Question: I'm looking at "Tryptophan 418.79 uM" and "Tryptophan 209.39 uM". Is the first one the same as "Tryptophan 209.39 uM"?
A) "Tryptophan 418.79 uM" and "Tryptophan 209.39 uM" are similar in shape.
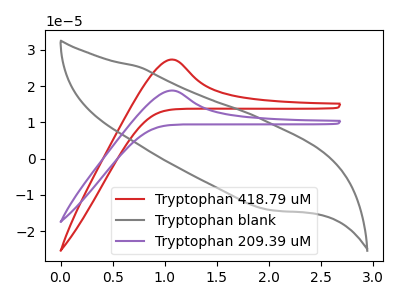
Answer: <think>The red curve "Tryptophan 418.79 uM" has an anodic peak at: (1.05V, 27.30uA). The gray curve "Tryptophan blank" has no peaks. The purple curve "Tryptophan 209.39 uM" has an anodic peak at: (1.05V, 18.75uA).
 All the peaks in "Tryptophan 418.79 uM" have a peak in "Tryptophan 209.39 uM" at the same potential. Every peak in "Tryptophan 418.79 uM" is higher than every peak in "Tryptophan 209.39 uM".</think>
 <answer>A) "Tryptophan 418.79 uM" and "Tryptophan 209.39 uM" are similar in shape.</answer>
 <eval>A</eval>